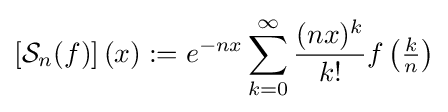
\left[{\mathcal {S}}_{n}(f)\right](x):=e^{-nx}\sum _{k=0}^{\infty }{{\frac {(nx)^{k}}{k!}}f\left({\tfrac {k}{n}}\right)}